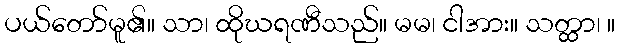
ပယ်တော်မူ၏။ သာ၊ ထိုဃရဏီသည်။ မမ၊ ငါအား။ သတ္ထာ၊ ။